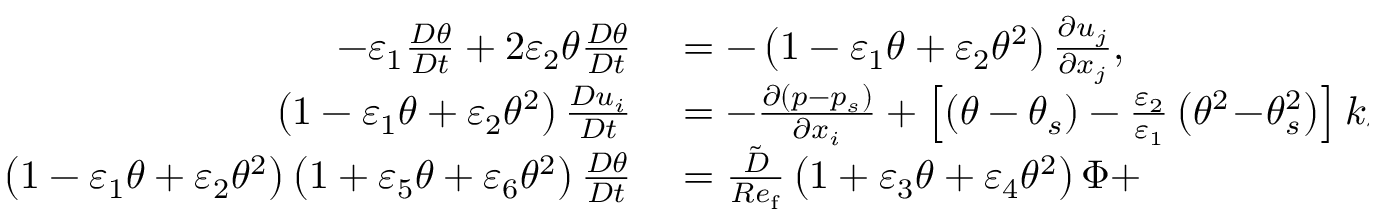
\begin{array} { r l } { - \varepsilon _ { 1 } \frac { D \theta } { D t } + 2 \varepsilon _ { 2 } \theta \frac { D \theta } { D t } } & { { } = - \left( 1 - \varepsilon _ { 1 } \theta + \varepsilon _ { 2 } \theta ^ { 2 } \right) \frac { \partial u _ { j } } { \partial x _ { j } } , } \\ { \left( 1 - \varepsilon _ { 1 } \theta + \varepsilon _ { 2 } \theta ^ { 2 } \right) \frac { D u _ { i } } { D t } } & { { } = - \frac { \partial \left( p - p _ { s } \right) } { \partial x _ { i } } + \left[ \left( \theta - \theta _ { s } \right) - \frac { \varepsilon _ { 2 } } { \varepsilon _ { 1 } } \left( \theta ^ { 2 } \! - \! \theta _ { s } ^ { 2 } \right) \right] k _ { i } + } \\ { \left( 1 - \varepsilon _ { 1 } \theta + \varepsilon _ { 2 } \theta ^ { 2 } \right) \left( 1 + \varepsilon _ { 5 } \theta + \varepsilon _ { 6 } \theta ^ { 2 } \right) \frac { D \theta } { D t } } & { { } = \frac { \tilde { D } } { R e _ { \mathrm { f } } } \left( 1 + \varepsilon _ { 3 } \theta + \varepsilon _ { 4 } \theta ^ { 2 } \right) \Phi + } \end{array}